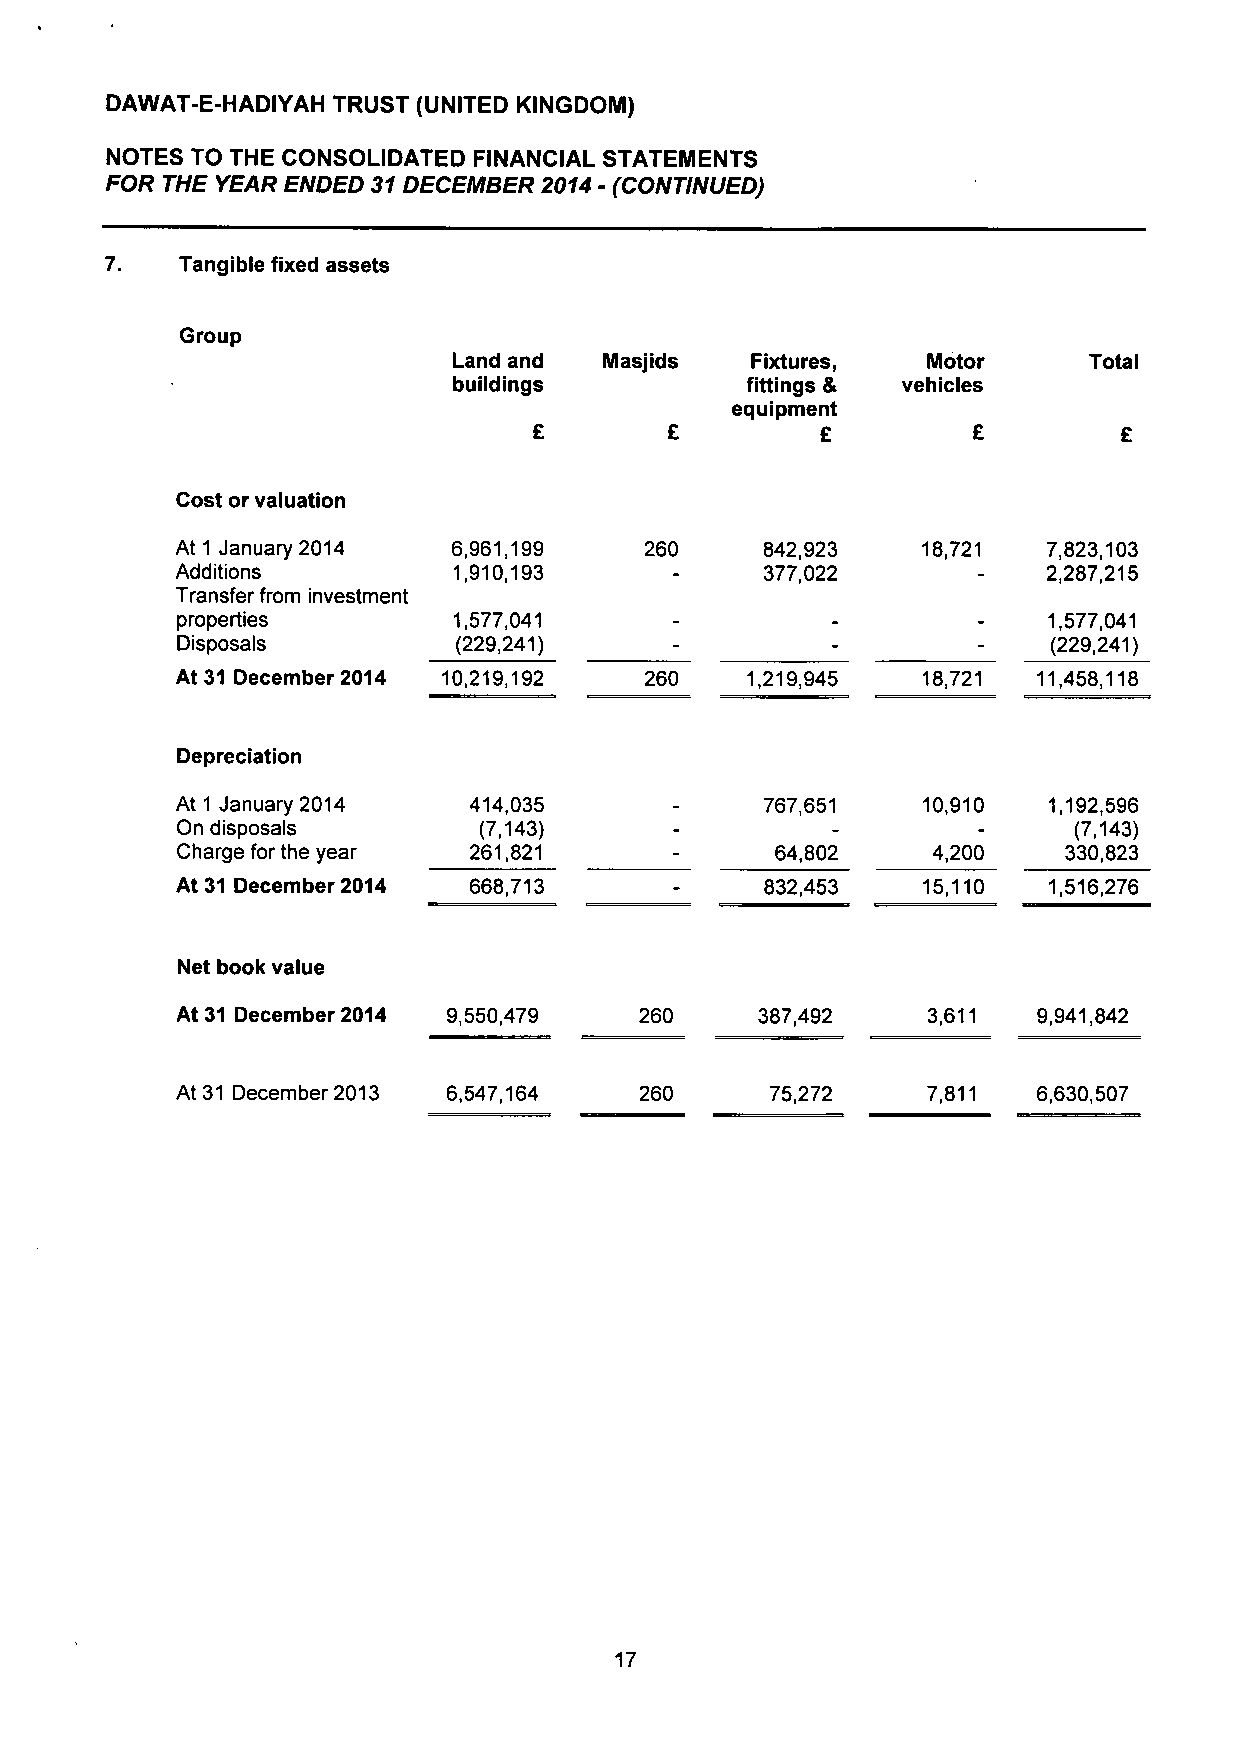
DAWAT-E-HADIYAH TRUST (UNITED KINGDOM)
 NOTES TO THE CONSOLIDATED FINANCIAL STATEMENTS
 FOR THE YEAR ENDED 31 DECEMBER 2014 - (CONTINUED)
 7.   Tangible fixed assets
 Group
 Land and  Masjids   Fixtures,  Motor      Total
 buildings          fittings & vehicles
 equipment
 £
 Cost or valuation
 At 1 January 2014 6,961,199    260     842,923   18,721  7,823,103
 Additions         1,910,193            377,022           2,287,215
 Transfer from investment
 properties        1,577,041                              1,577,041
 Disposals         (229,241)                               (229,241)
 At 31 December 2014 10,219,192 260   1,219,945   18,721  11,458,118
 Depreciation
 At 1 January 2014  414,035             767,651   10,910  1,192,596
 On disposals        (7,143)                                (7,143)
 Charge for the year 261,821            64,802     4,200   330,823
 At 31 December 2014 668,713            832,453   15,110  1,516,276
 Net book value
 At 31 December 2014 9,550,479 260     387,492    3,611   9,941,842
 At 31 December 2013 6,547,164 260      75,272    7,811   6,630,507
 17